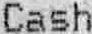
CASH